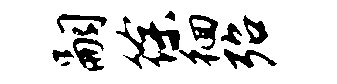
嗣徐徊殆